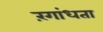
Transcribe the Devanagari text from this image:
रंगांधता